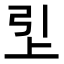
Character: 𬻏